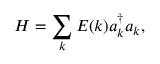
H = \sum _ { k } E ( k ) a _ { k } ^ { \dagger } a _ { k } ,